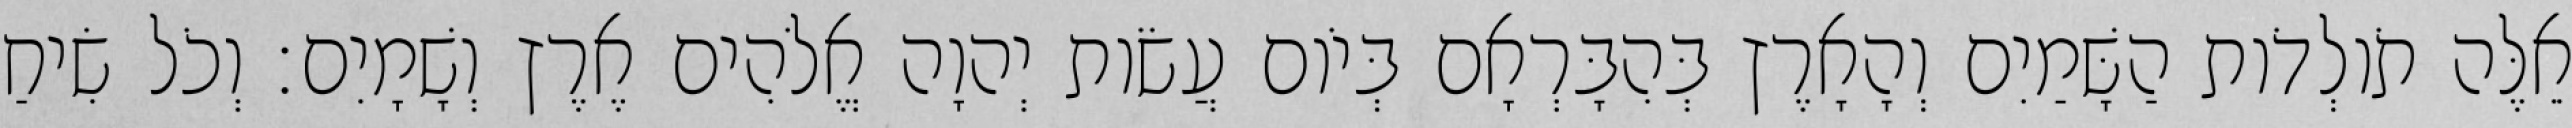
אֵלֶּה תֹולְדֹות הַשָּׁמַיִם וְהָאָרֶץ בְּהִבָּרְאָם בְּיֹום עֲשֹׂות יְהוָה אֱלֹהִים אֶרֶץ וְשָׁמָיִם׃ וְכֹל שִׂיחַ